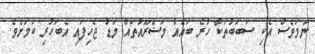
ނަމަވެސް އެކި ސަބަބުތަކާ ހުރެ ބައެއް މަޝްރޫއުތައް މަޑު ޖެހިފައި އެބަހުރި ކަމަށެވެ.